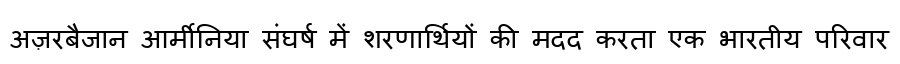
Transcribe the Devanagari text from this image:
अज़रबैजान आर्मीनिया संघर्ष में शरणार्थियों की मदद करता एक भारतीय परिवार